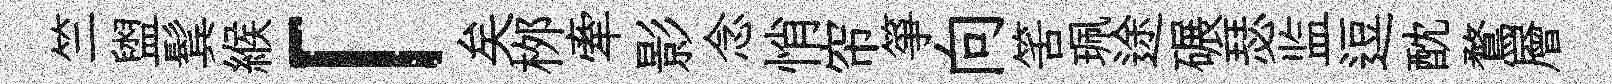
竺盥鬂緱「矣桞牽影念悄帘箏向筈珮途碾瑟监逗酖鶩層